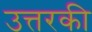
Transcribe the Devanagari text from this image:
उत्तरकी